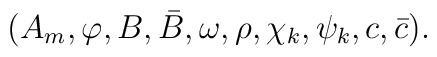
(A_m, \varphi, B, \bar{B}, \omega, \rho, {\chi}_k, {\psi}_k, c, \bar{c}).